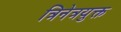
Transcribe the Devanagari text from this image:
त्रिनेत्रयुक्त